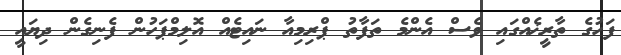
ފަހުގެ ތާރީޚެއްގައި ވެސް އެންމެ ތަފާތު ޕްރިމިއާ ނައިޓެއް އޮލިމްޕަހުން ފެނިގެން ދިޔައީ